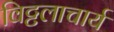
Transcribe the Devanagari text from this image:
विट्टलाचार्य